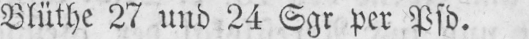
Blüthe 27 und 24 Sgr per Pfd.